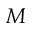
M